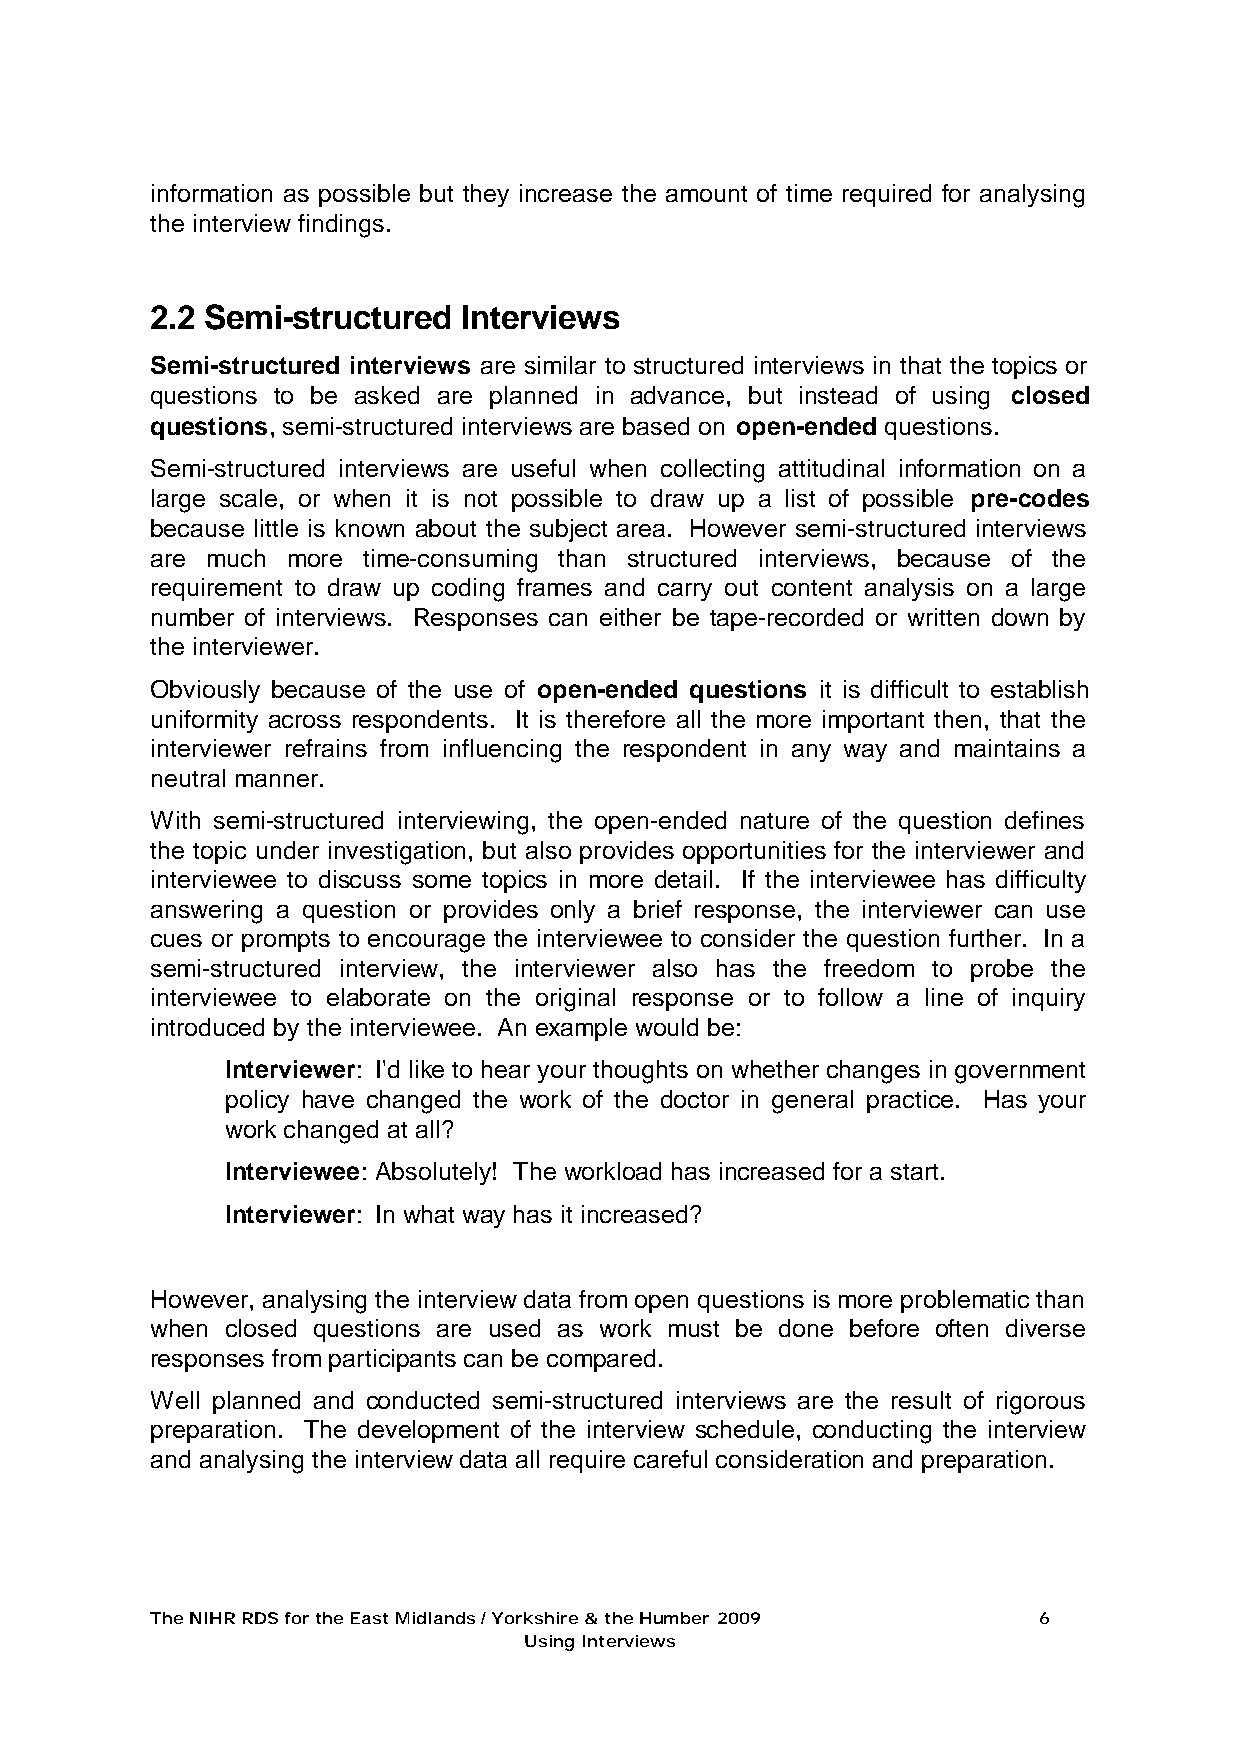
information as possible but they increase the amount of time required for analysing
 the interview findings.
 2.2 Semi-structured  Interviews
 Semi-structured interviews are similar to structured interviews in that the topics or
 questions to be asked are planned in advance, but instead of using closed
 questions, semi-structured interviews are based on open-ended questions.
 Semi-structured interviews are useful when collecting attitudinal information on a
 large scale, or when it is not possible to draw up a list of possible pre-codes
 because little is known about the subject area. However semi-structured interviews
 are much more time-consuming than structured interviews, because of the
 requirement to draw up coding frames and carry out content analysis on a large
 number of interviews. Responses can either be tape-recorded or written down by
 the interviewer.
 Obviously because of the use of open-ended questions it is difficult to establish
 uniformity across respondents. It is therefore all the more important then, that the
 interviewer refrains from influencing the respondent in any way and maintains a
 neutral manner.
 With semi-structured interviewing, the open-ended nature of the question defines
 the topic under investigation, but also provides opportunities for the interviewer and
 interviewee to discuss some topics in more detail. If the interviewee has difficulty
 answering a question or provides only a brief response, the interviewer can use
 cues or prompts to encourage the interviewee to consider the question further. In a
 semi-structured interview, the interviewer also has the freedom to probe the
 interviewee to elaborate on the original response or to follow a line of inquiry
 introduced by the interviewee. An example would be:
 Interviewer: I'd like to hear your thoughts on whether changes in government
 policy have changed the work of the doctor in general practice. Has your
 work changed at all?
 Interviewee: Absolutely! The workload has increased for a start.
 Interviewer: In what way has it increased?
 However, analysing the interview data from open questions is more problematic than
 when closed questions are used as work must be done before often diverse
 responses from participants can be compared.
 Well planned and conducted semi-structured interviews are the result of rigorous
 preparation. The development of the interview schedule, conducting the interview
 and analysing the interview data all require careful consideration and preparation.
 The NIHR RDS for the East Midlands / Yorkshire & the Humber 2009 6
 Using Interviews